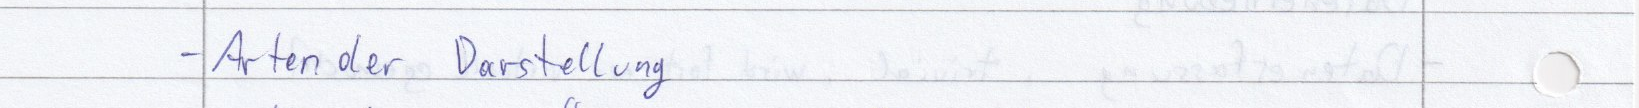
- Arten der Darstellung